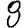
Digit: 8